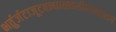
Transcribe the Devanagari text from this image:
भर्तुर्जटाजूटबन्धात्स्वसीमान्तभागे